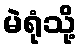
မဲရုံသို့